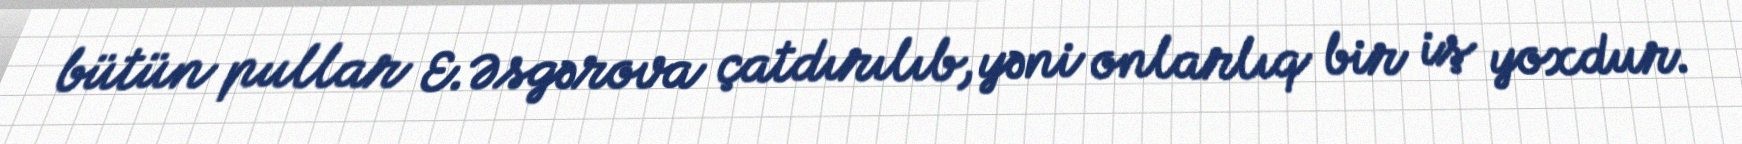
bütün pullar E.Əsgərova çatdırılıb, yəni onlarlıq bir iş yoxdur.